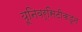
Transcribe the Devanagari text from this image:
यूनिवर्सिटीकडून